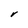
Character: V